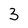
Character: 3